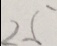
2 5